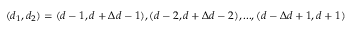
( d _ { 1 } , d _ { 2 } ) = ( d - 1 , d + \Delta d - 1 ) , ( d - 2 , d + \Delta d - 2 ) , . . . , ( d - \Delta d + 1 , d + 1 )